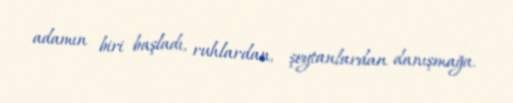
adamın biri başladı, ruhlardan, şeytanlardan danışmağa.